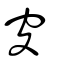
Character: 𥧜